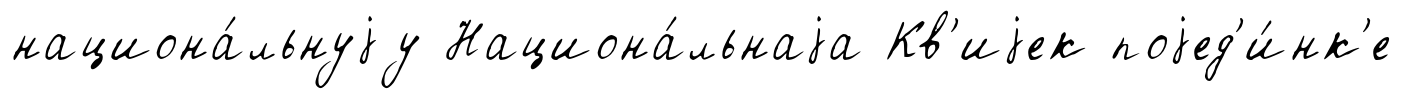
национа́льнуjу Национа́льнаjа Кв'иjек поjед'и́нк'е